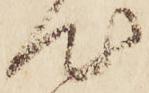
心